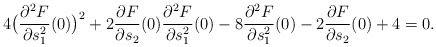
\begin{align*}4\big(\frac{\partial^2 F}{\partial s_1^2}(0)\big)^2+2\frac{\partial F}{\partial s_2}(0)\frac{\partial^2 F}{\partial s_1^2}(0)-8\frac{\partial^2 F}{\partial s_1^2}(0)-2 \frac{\partial F}{\partial s_2}(0)+4=0.\end{align*}